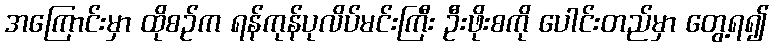
အကြောင်းမှာ ထိုစဉ်က ရန်ကုန်ပုလိပ်မင်းကြီး ဦးဖိုးစကို ပေါင်းတည်မှာ တွေ့ရ၍